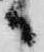
々